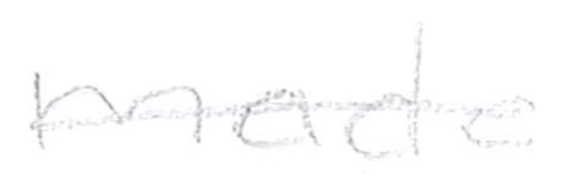
Text: made
Cross-out: single-line
Writing tool: pencil